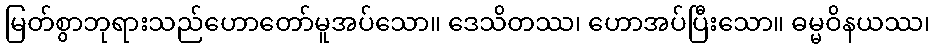
မြတ်စွာဘုရားသည်ဟောတော်မူအပ်သော။ ဒေသိတဿ၊ ဟောအပ်ပြီးသော။ ဓမ္မဝိနယဿ၊